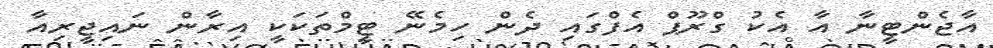
އާޖެންޓީނާ އާ އެކު ގްރޫޕް އެފްގައި ދެން ހިމެނޭ ޓީމްތަކަކީ އިރާން ނައިޖީރިއާ